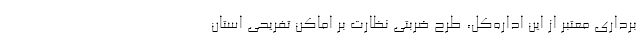
‌برداری معتبر از این اداره‌کل، طرح ضربتی نظارت بر اماکن تفریحی استان